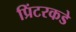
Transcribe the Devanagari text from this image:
प्रिंटरकडे